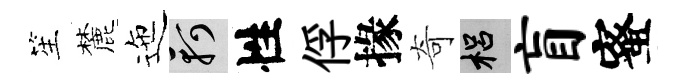
笙麓迤軻性俘掾奇梠盲蜜